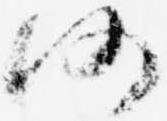
仍